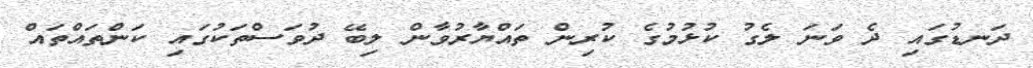
ދަނޑުގައި ދެ ވަނަ ލެގު ކުޅުމުގެ ކުރިން ތައްޔާރުވާން ލިބޭ ދުވަސްތަކުގައި ކަންތައްތައް